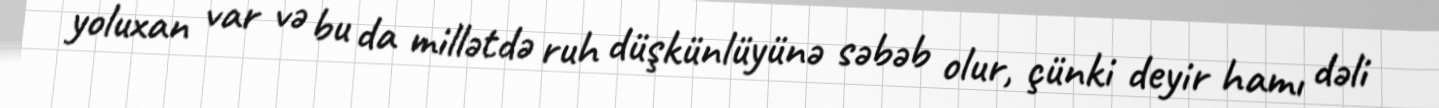
yoluxan var və bu da millətdə ruh düşkünlüyünə səbəb olur, çünki deyir hamı dəli